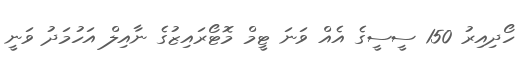
ހޯދިއިރު 150 ސީސީގެ އެއް ވަނަ ޓީމް މޮޓޯރައިޒުގެ ނާއިލް އަހުމަދު ވަނީ